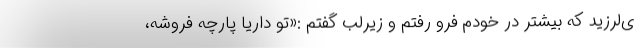
ی‌لرزید که بیشتر در خودم فرو رفتم و زیرلب گفتم :«تو داریا پارچه فروشه،